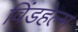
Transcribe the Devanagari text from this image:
विंडहेल्म